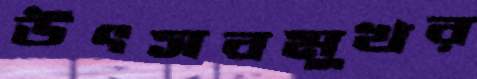
উৎসবমুখর